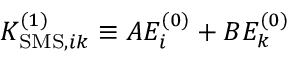
K _ { \mathrm { S M S } , i k } ^ { ( 1 ) } \equiv A E _ { i } ^ { ( 0 ) } + B E _ { k } ^ { ( 0 ) }